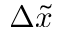
\Delta \tilde { x }